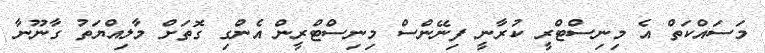
މަސައްކަތް އެ މިނިސްޓްރީ ކުރާނީ ފިނޭންސް މިނިސްޓްރީން އެންގި ގޮތަށް މާލިއްޔަތު ގާނޫނާ